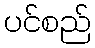
ပင်စည်